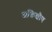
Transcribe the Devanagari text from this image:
शक्तिक्षीण